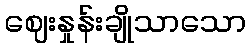
ဈေးနှုန်းချိုသာသော